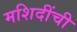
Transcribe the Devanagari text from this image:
मशिदींची